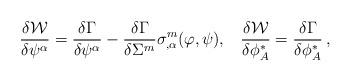
LaTeX: \begin{align*}\frac{\delta{\cal W}}{\delta\psi^\alpha}= \frac{\delta\Gamma}{\delta\psi^\alpha} - \frac{\delta\Gamma}{\delta\Sigma^m}\sigma^m_{,\alpha}(\varphi,\psi),\;\;\; \frac{\delta{\cal W}}{\delta\phi^*_A}= \frac{\delta\Gamma}{\delta\phi^*_A}\,,\end{align*}